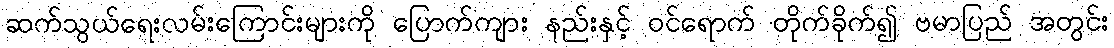
ဆက်သွယ်ရေးလမ်းကြောင်းများကို ပြောက်ကျား နည်းနှင့် ဝင်ရောက် တိုက်ခိုက်၍ ဗမာပြည် အတွင်း